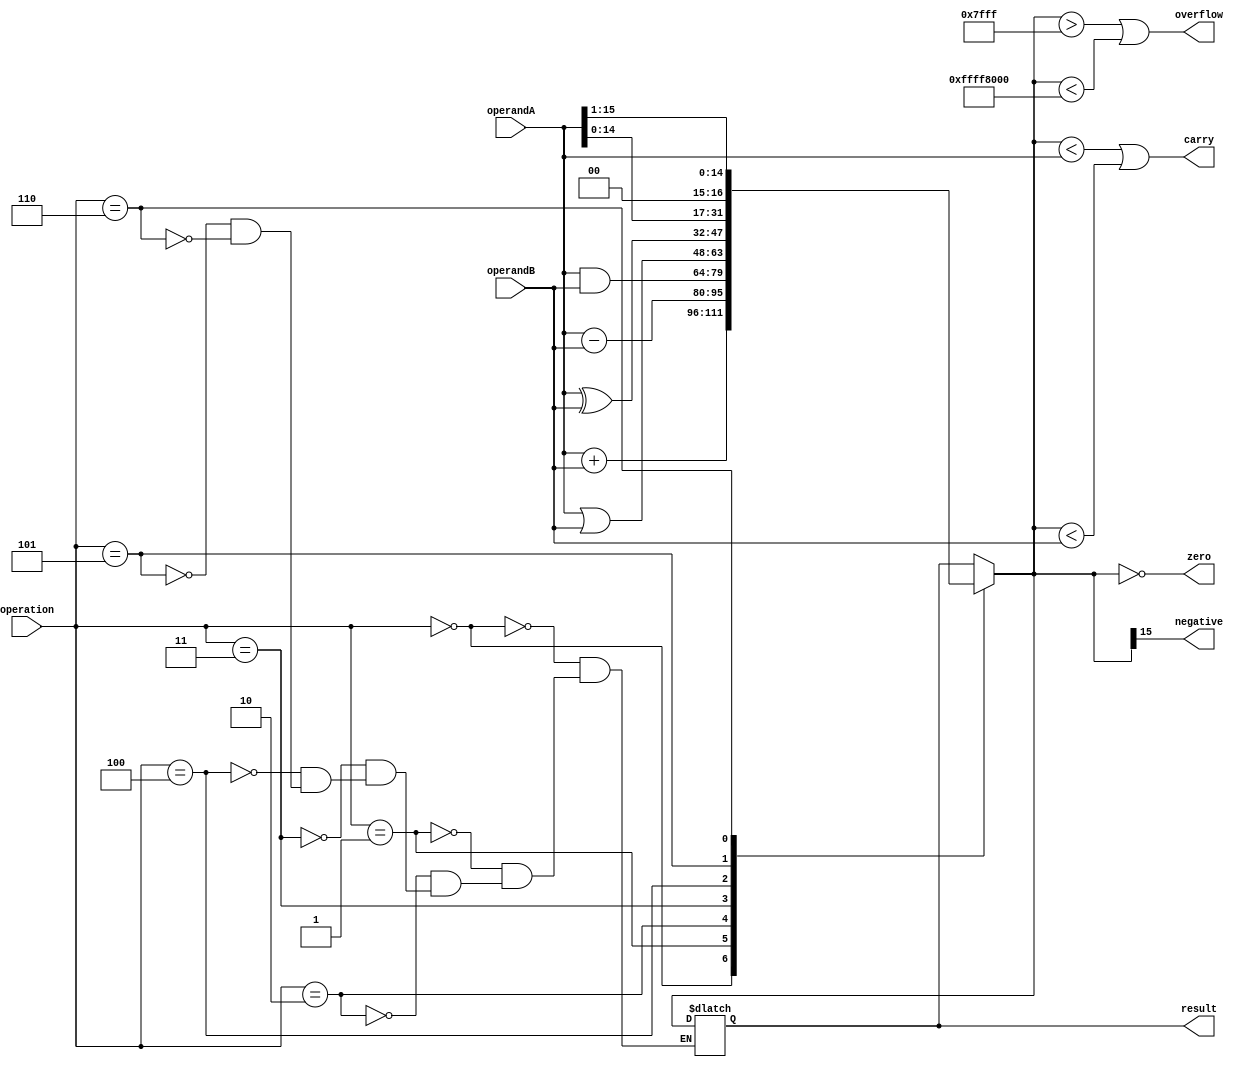
module ALU (
    input [15:0] operandA,
    input [15:0] operandB,
    input [2:0] operation,
    output reg [15:0] result,
    output reg zero,
    output reg carry,
    output reg overflow,
    output reg negative
);

always @(*)
begin
    case(operation)

        3'b000: result = operandA + operandB; // Addition
        3'b001: result = operandA - operandB; // Subtraction
        3'b010: result = operandA & operandB; // AND
        3'b011: result = operandA | operandB; // OR
        3'b100: result = operandA ^ operandB; // XOR
        3'b101: result = operandA << 1; // Shift Left
        3'b110: result = operandA >> 1; // Shift Right

    endcase

    zero = (result == 0);
    carry = (result < operandA) || (result < operandB);
    overflow = (result > 32767 || result < -32768);
    negative = (result[15] == 1);

end

endmodule